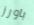
باورز